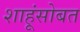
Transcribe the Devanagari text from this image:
शाहूंसोबत